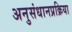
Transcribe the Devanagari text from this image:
अनुसंधानप्रक्रिया